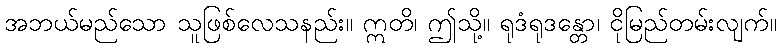
အဘယ်မည်သော သူဖြစ်လေသနည်း။ ဣတိ၊ ဤသို့။ ရုဒံရုဒန္တော၊ ငိုမြည်တမ်းလျက်။